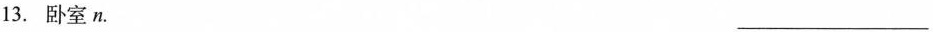
13.卧室n. ___